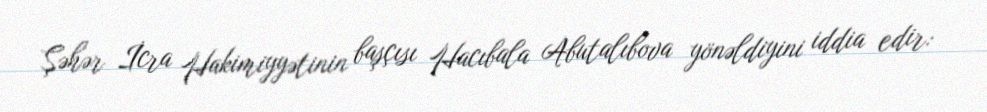
Şəhər İcra Hakimiyyətinin başçısı Hacıbala Abutalıbova yönəldiyini iddia edir: